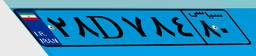
۴۳D۴۸۲۰۲